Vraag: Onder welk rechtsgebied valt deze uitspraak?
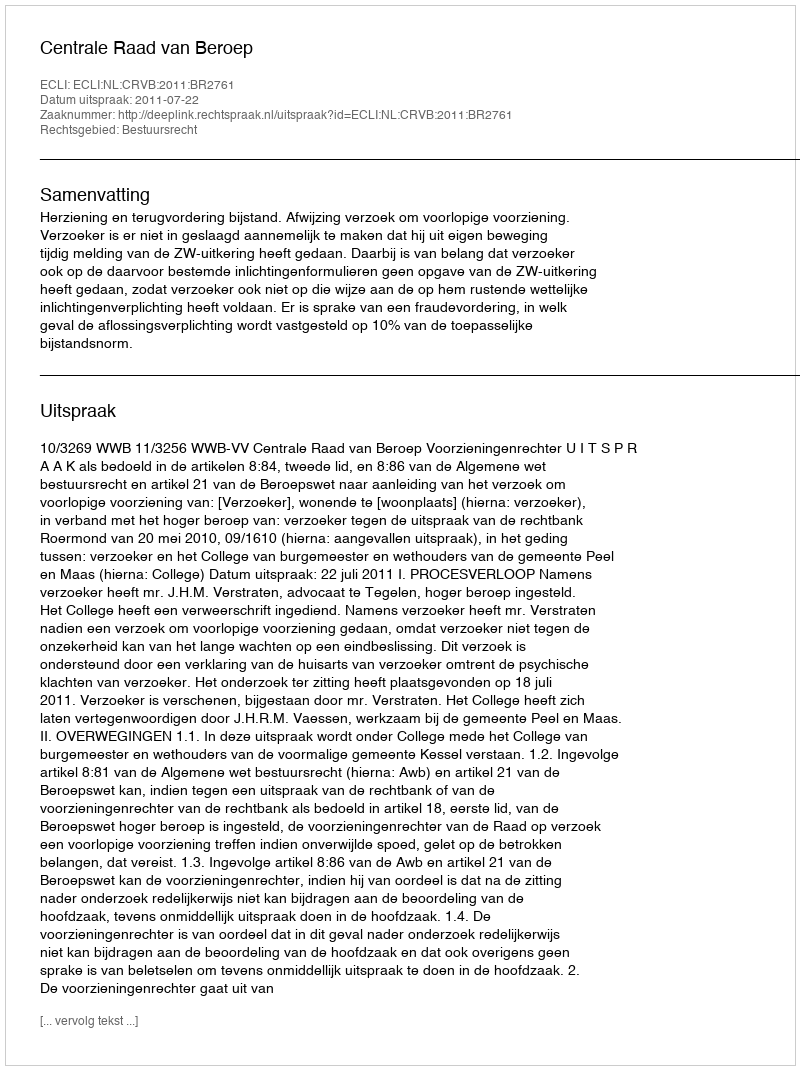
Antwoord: Bestuursrecht